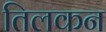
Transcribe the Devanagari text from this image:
तिलकन